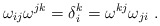
\begin{align*}\omega_{ij}\omega^{jk}=\delta_i^k=\omega^{kj}\omega_{ji}\ . \end{align*}